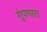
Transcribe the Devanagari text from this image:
गुंपणारा